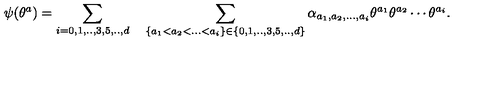
\psi ( \theta ^ { a } ) = \sum _ { i = 0 , 1 , . . , 3 , 5 , . . , d } \quad \sum _ { \{ a _ { 1 } < a _ { 2 } < . . . < a _ { i } \} \in \{ 0 , 1 , . . , 3 , 5 , . . , d \} } \alpha _ { a _ { 1 } , a _ { 2 } , . . . , a _ { i } } \theta ^ { a _ { 1 } } \theta ^ { a _ { 2 } } \cdots \theta ^ { a _ { i } } .